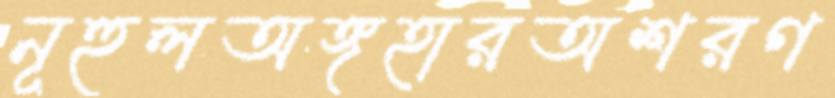
নূহুলঅঙ্গহারঅশরণ